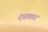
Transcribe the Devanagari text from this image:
दसकार